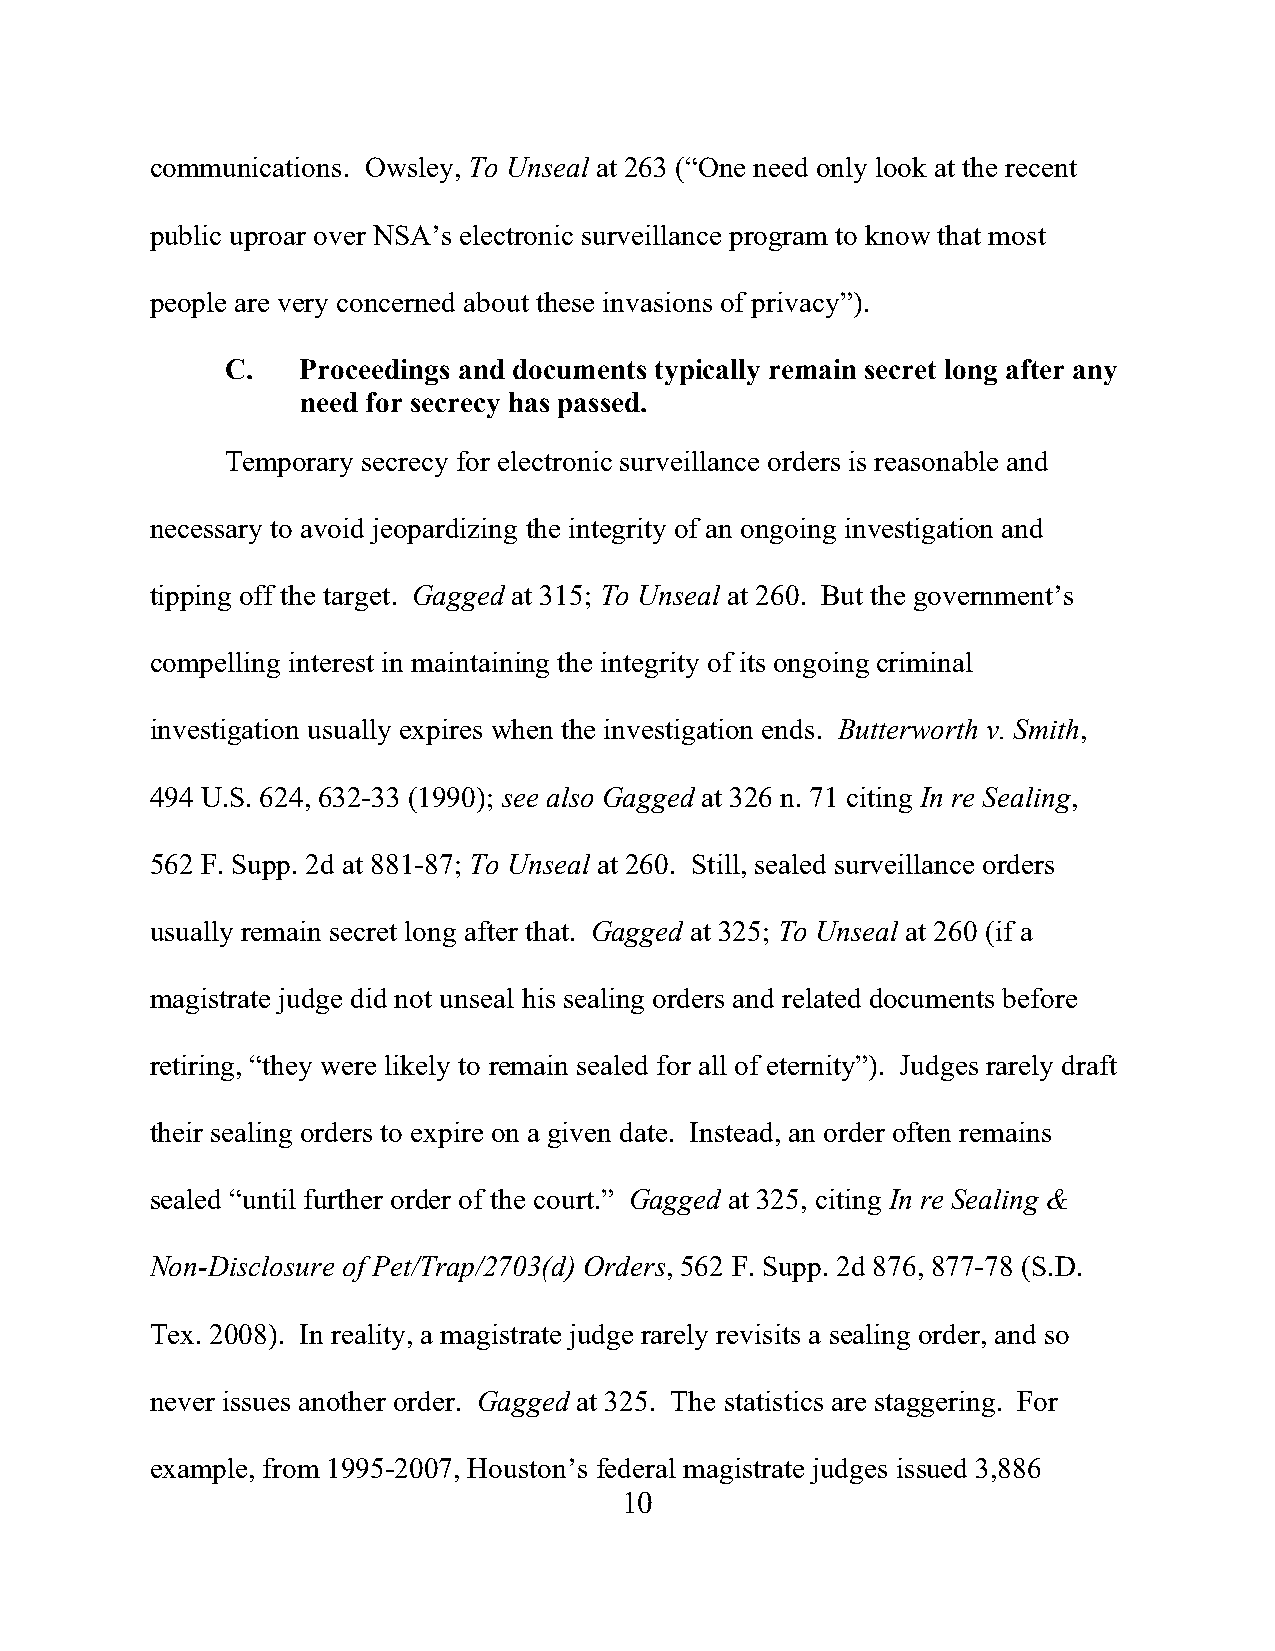
communications. Owsley, To Unseal at 263 (“One need only look at the recent
 public uproar over NSA’s electronic surveillance program to know that most
 people are very concerned about these invasions of privacy”).
 C.   Proceedings and documents typically remain secret long after any
 need for secrecy has passed.
 Temporary secrecy for electronic surveillance orders is reasonable and
 necessary to avoid jeopardizing the integrity of an ongoing investigation and
 tipping off the target. Gagged at 315; To Unseal at 260. But the government’s
 compelling interest in maintaining the integrity of its ongoing criminal
 investigation usually expires when the investigation ends. Butterworth v. Smith,
 494 U.S. 624, 632-33 (1990); see also Gagged at 326 n. 71 citing In re Sealing,
 562 F. Supp. 2d at 881-87; To Unseal at 260. Still, sealed surveillance orders
 usually remain secret long after that. Gagged at 325; To Unseal at 260 (if a
 magistrate judge did not unseal his sealing orders and related documents before
 retiring, “they were likely to remain sealed for all of eternity”). Judges rarely draft
 their sealing orders to expire on a given date. Instead, an order often remains
 sealed “until further order of the court.” Gagged at 325, citing In re Sealing &
 Non-Disclosure of Pet/Trap/2703(d) Orders, 562 F. Supp. 2d 876, 877-78 (S.D.
 Tex. 2008). In reality, a magistrate judge rarely revisits a sealing order, and so
 never issues another order. Gagged at 325. The statistics are staggering. For
 example, from 1995-2007, Houston’s federal magistrate judges issued 3,886
 10